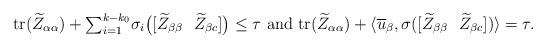
LaTeX: \begin{align*} {\rm tr}(\widetilde{Z}_{\alpha\alpha}) +{\textstyle\sum_{i=1}^{k-k_0}}\sigma_i\big([\widetilde{Z}_{\beta\beta}\ \ \widetilde{Z}_{\beta c}]\big) \le \tau \ {\rm and}\ {\rm tr}(\widetilde{Z}_{\alpha\alpha}) +\langle \overline{u}_{\beta},\sigma([\widetilde{Z}_{\beta\beta}\ \ \widetilde{Z}_{\beta c}])\rangle =\tau. \end{align*}